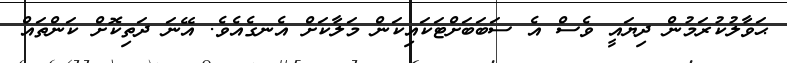
ޙަވާލުކުރަމުން ދިޔައީ ވެސް އެ ސަބަބަށްޓަކައިކަން މަލާކަށް އެނގެއެވެ. އޭނަ ދަތިކޮށް ކަންތައް